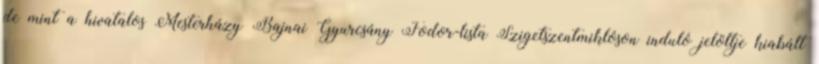
de mint a hivatalos Mesterházy–Bajnai–Gyurcsány–Fodor-lista Szigetszentmiklóson induló jelöltje kiabált